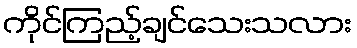
ကိုင်ကြည့်ချင်သေးသလား